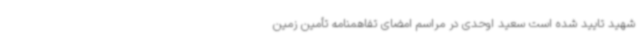
شهید تایید شده است سعید اوحدی در مراسم امضای تفاهمنامه تأمین زمین